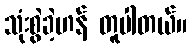
သုံးစွဲခဲ့ဟန် တူပါတယ်။